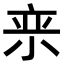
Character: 𪨂